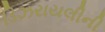
ડિઝરાયલીની